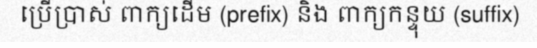
ប្រើប្រាស់ ពាក្យដើម (prefix) និង ពាក្យកន្ទុយ (suffix)